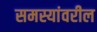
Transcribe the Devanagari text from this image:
समस्यांवरील